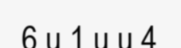
6 u 1 u u 4